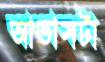
আভাসটা